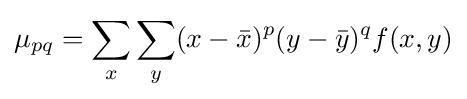
\mu _{pq}=\sum _{x}\sum _{y}(x-{\bar {x}})^{p}(y-{\bar {y}})^{q}f(x,y)